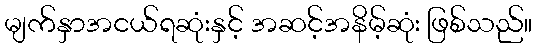
မျက်နှာအငယ်ရဆုံးနှင့် အဆင့်အနိမ့်ဆုံး ဖြစ်သည်။